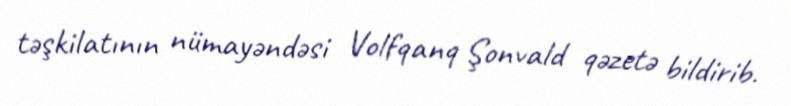
təşkilatının nümayəndəsi Volfqanq Şonvald qəzetə bildirib.